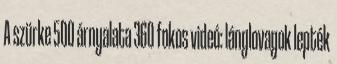
A szürke 500 árnyalata 360 fokos videó: lánglovagok lepték